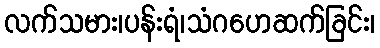
လက်သမား၊ပန်းရံ၊သံဂဟေဆက်ခြင်း၊